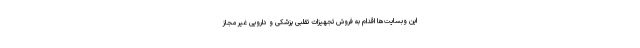
این وبسایت‌ها اقدام به فروش تجهیزات تقلبی پزشکی و دارویی غیر مجاز